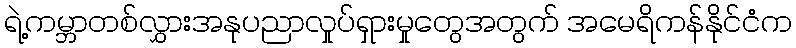
ရဲ့ကမ္ဘာတစ်လွှားအနုပညာလှုပ်ရှားမှုတွေအတွက် အမေရိကန်နိုင်ငံက